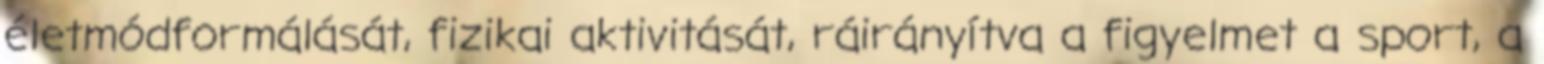
életmódformálását, fizikai aktivitását, ráirányítva a figyelmet a sport, a